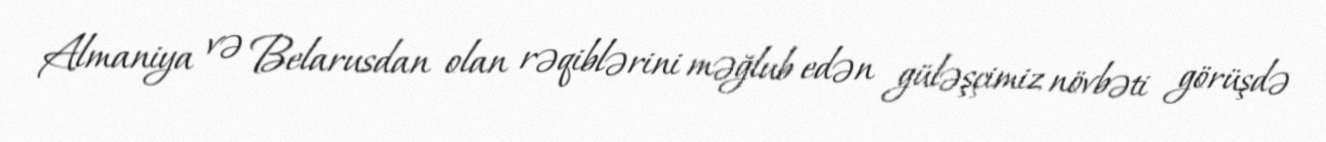
Almaniya və Belarusdan olan rəqiblərini məğlub edən güləşçimiz növbəti görüşdə